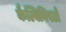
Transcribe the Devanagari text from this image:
कैल्विनिस्टो